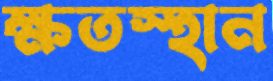
ক্ষতস্হান